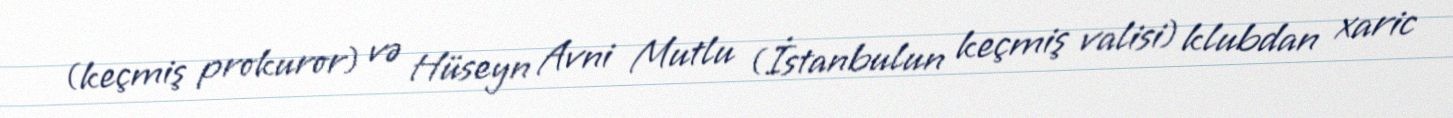
(keçmiş prokuror) və Hüseyn Avni Mutlu (İstanbulun keçmiş valisi) klubdan xaric